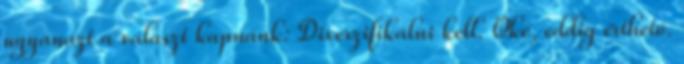
ugyanazt a választ kapnánk: Diverzifikálni kell. Oké, eddig érthető.